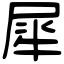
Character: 犀